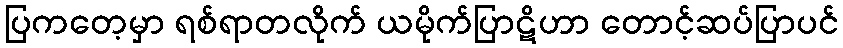
ပြကတေ့မှာ ရစ်ရာတလိုက် ယမိုက်ပြာဋိဟာ တောင့်ဆပ်ပြာပင်